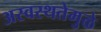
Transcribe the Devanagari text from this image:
अस्वस्थतेमुळे